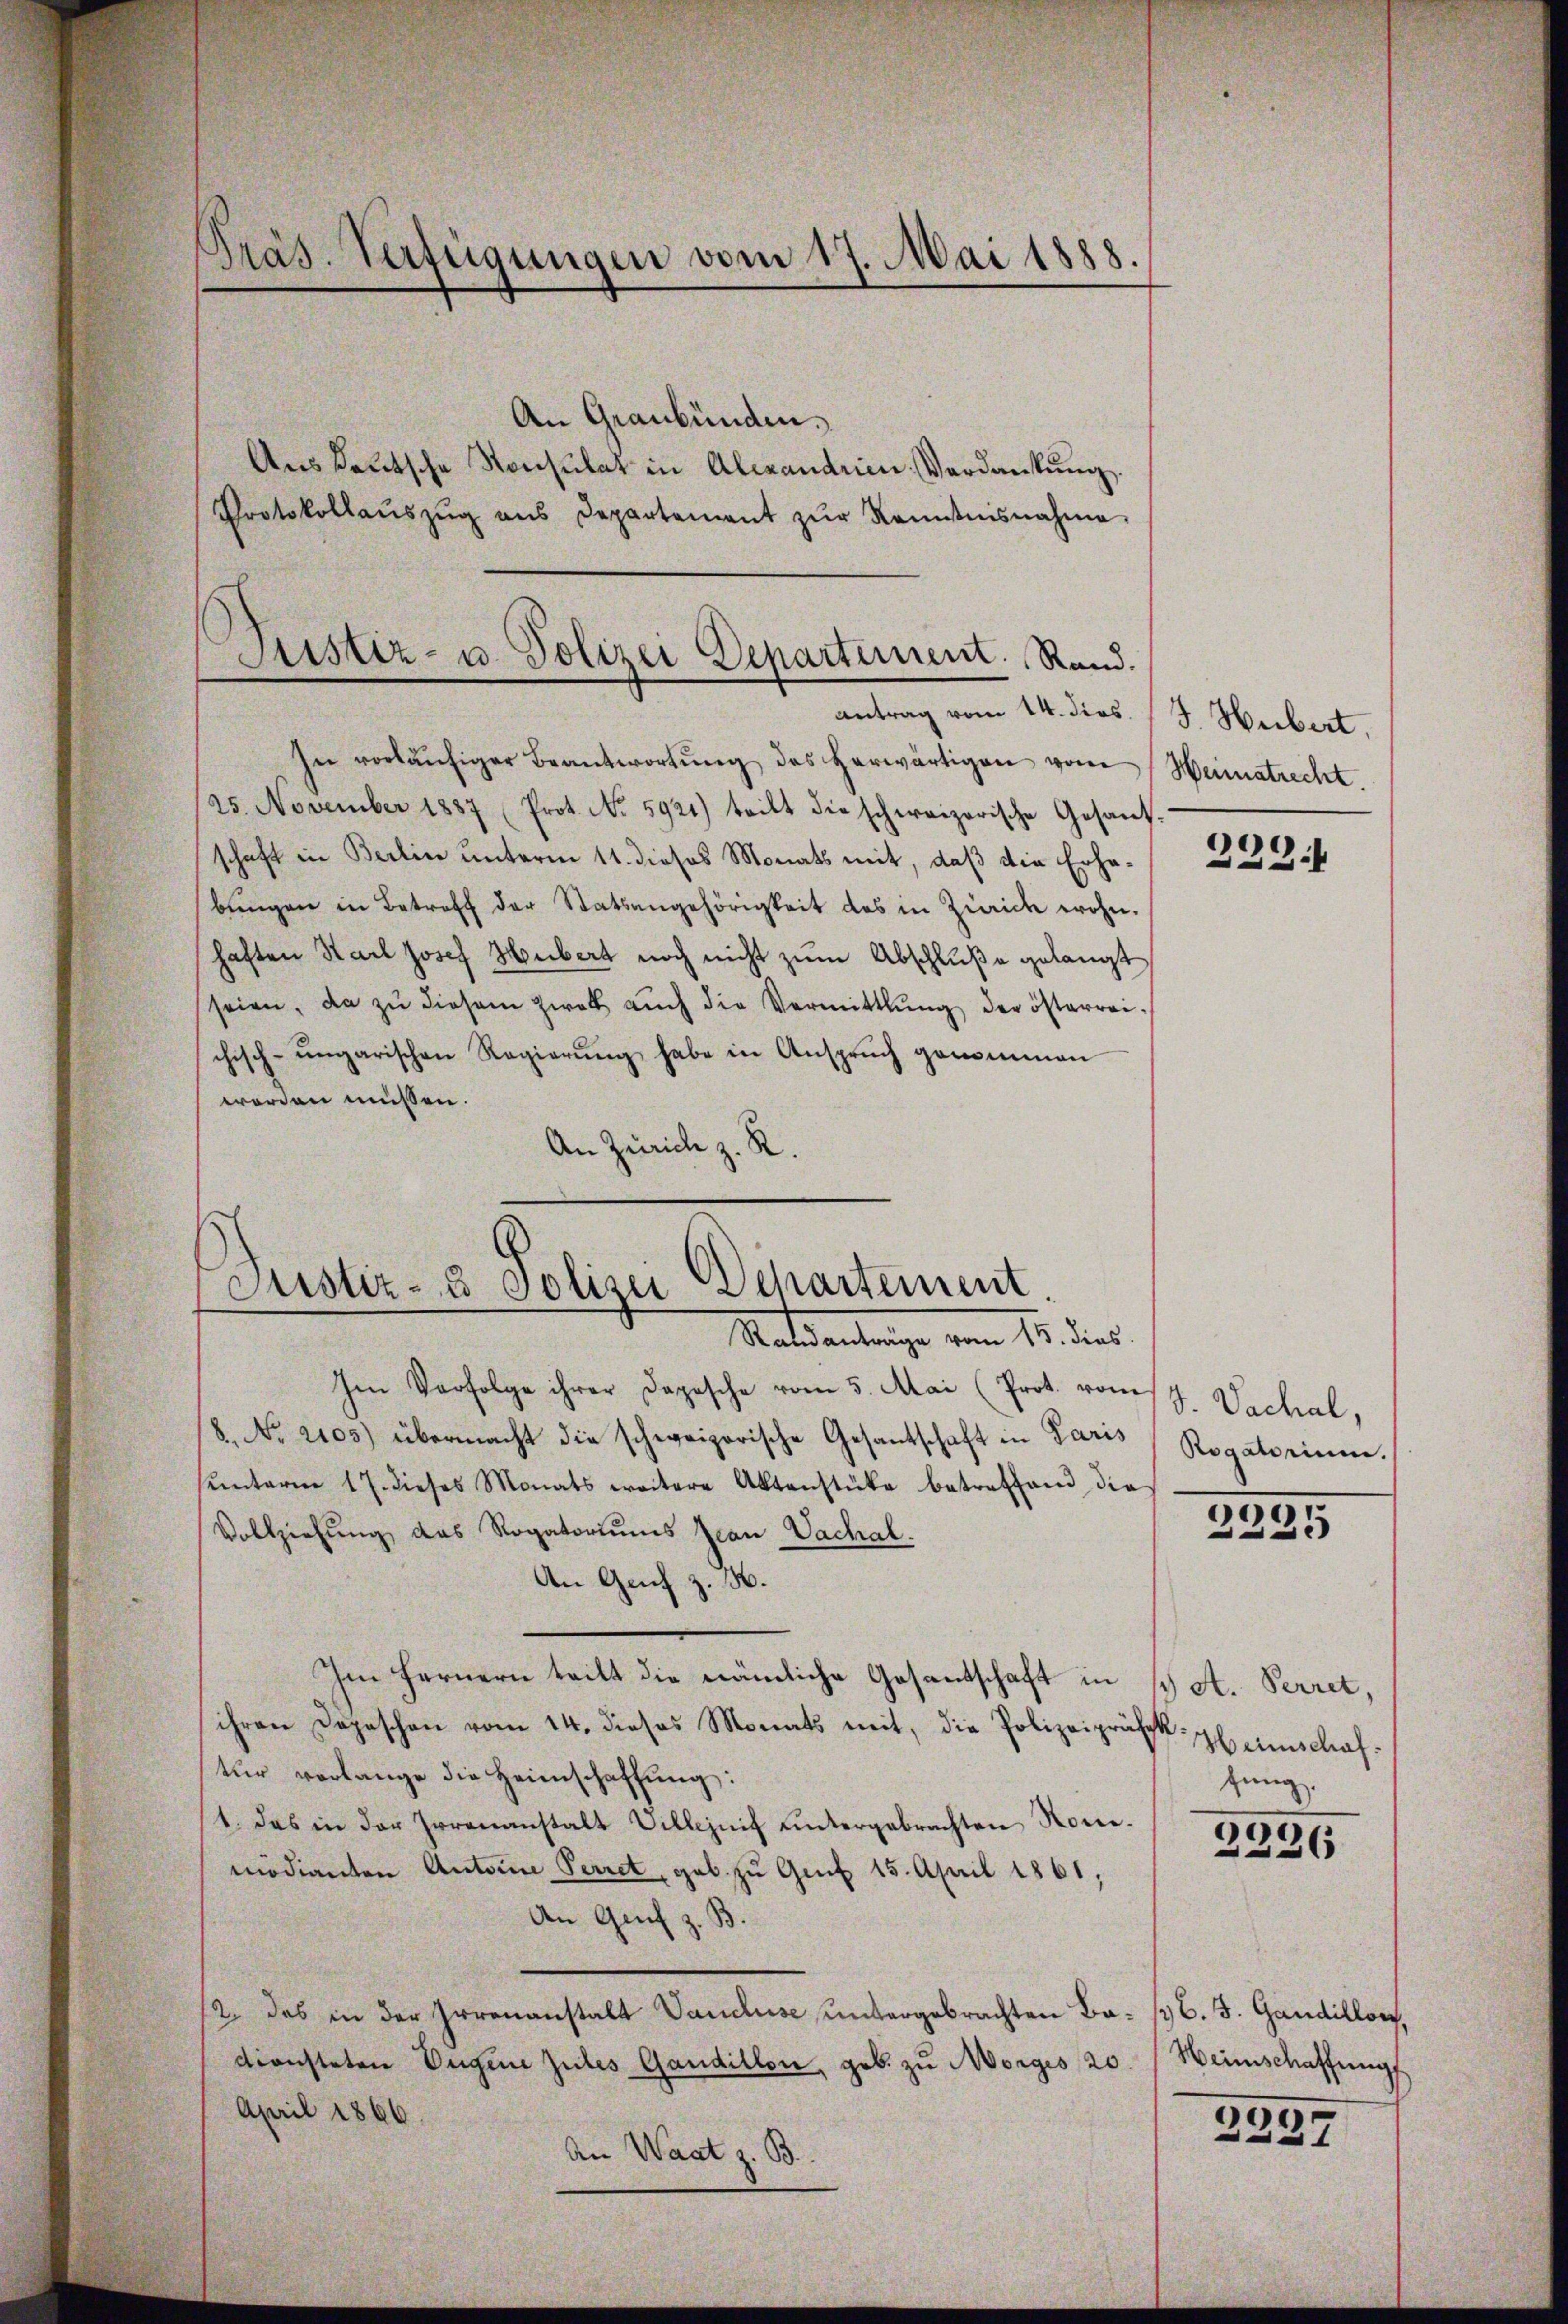
Präs. Verfügungen vom 17. Mai 1888.

An Graubünden.
Aus deutsche Konsulat in Alexandrien Verdankung.
Protokollaŭszŭg aŭs Departement zŭr Kenntnisnahme

antrag vom 14. dies. (J. Herbert,
In vorläŭfiger Beantwortŭng des herwärtigen vom Heimatrecht.
25. November 1887 (Prot. No. 5921) teilt die schweizerische Gesand-
schaft in Berlin unterm 11. dieses Monats mit, daß die Erhabŭngen in Betreff der Statsangehörigkeit des in Zürich wohn.
haften Karl Josef Hubert noch nicht zum Abschluße gelangt
seien, da zŭ diesem Zwek aŭch die Vermittlung der österreichisch-ungarischen Regierŭng habe in Ansprŭch genommen
worden müssen.
An Zürich z. R.

Justiz- u. Polizei Departement. Rand.

Justiz- & Polizei Departement
Matsantrage vom 15. dies

Im Verfolge ihrer Dopische vom 5. Mai (Prot. vom 17. Nachal,
8. No 2103) übermacht die schweizerische Gesantschaft in Paris
hŭnterm 17. dieses Monats weitere Aktenstücke betreffend die
Vollziehŭng das Rogatoriums Jean Vachal.
An Genf z. B.
Im Fernern teilt die nämliche Gesantschaft in
ihren Depeschen vom 14. dieses Monats mit, die Polizeipräsk-Heimschaftur vorlange die Heimschaffung:
1. Das in der Irrenanstalt Villeznif untergebrachten Nomimodianten Autore Perret, geb. zu Grif 15. April 1861,
An Genf z. B.
12. das in der Irrenanstalt Vancluse, untergebrachten Ba- (C. J. Gandillons,
diristeten Eugene Gutes Gandillon, geb. zŭ Morges 20. (Weinschaffungs
April 1866
An Waat z. B.

c
.

Rogatorium.

2335

A. Perret,
fung.

3336

2397